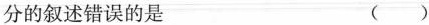
分的叙述错误的是（）